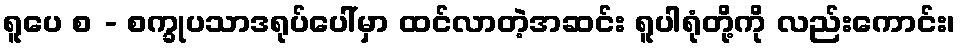
ရူပေ စ - စက္ခုပသာဒရုပ်ပေါ်မှာ ထင်လာတဲ့အဆင်း ရူပါရုံတို့ကို လည်းကောင်း၊